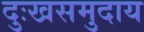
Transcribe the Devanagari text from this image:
दुःखसमुदाय